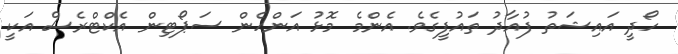
ހޯދީ އައިޝަތު ފުއާދު ތައުފީގެވެ. އެންމެ މޮޅު އަންހެން ސަޕޯޓިން އެކްޓްރެސް އަކީ